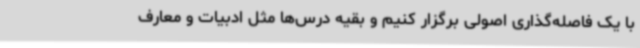
با یک فاصله‌گذاری اصولی برگزار کنیم و بقیه درس‌ها مثل ادبیات و معارف